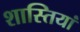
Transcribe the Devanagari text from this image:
शास्तियां